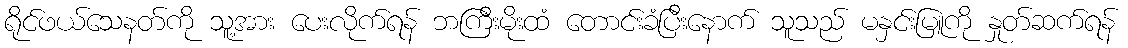
ရိုင်ဖယ်သေနတ်ကို သူ့အား ပေးလိုက်ရန် ဘကြီးမိုးထံ တောင်းခံပြီးနောက် သူသည် မနှင်းမြူကို နှုတ်ဆက်ရန်